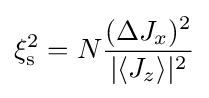
\xi _{\rm {s}}^{2}=N{\frac {(\Delta J_{x})^{2}}{|\langle J_{z}\rangle |^{2}}}